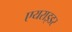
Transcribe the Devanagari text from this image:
एयराइडर